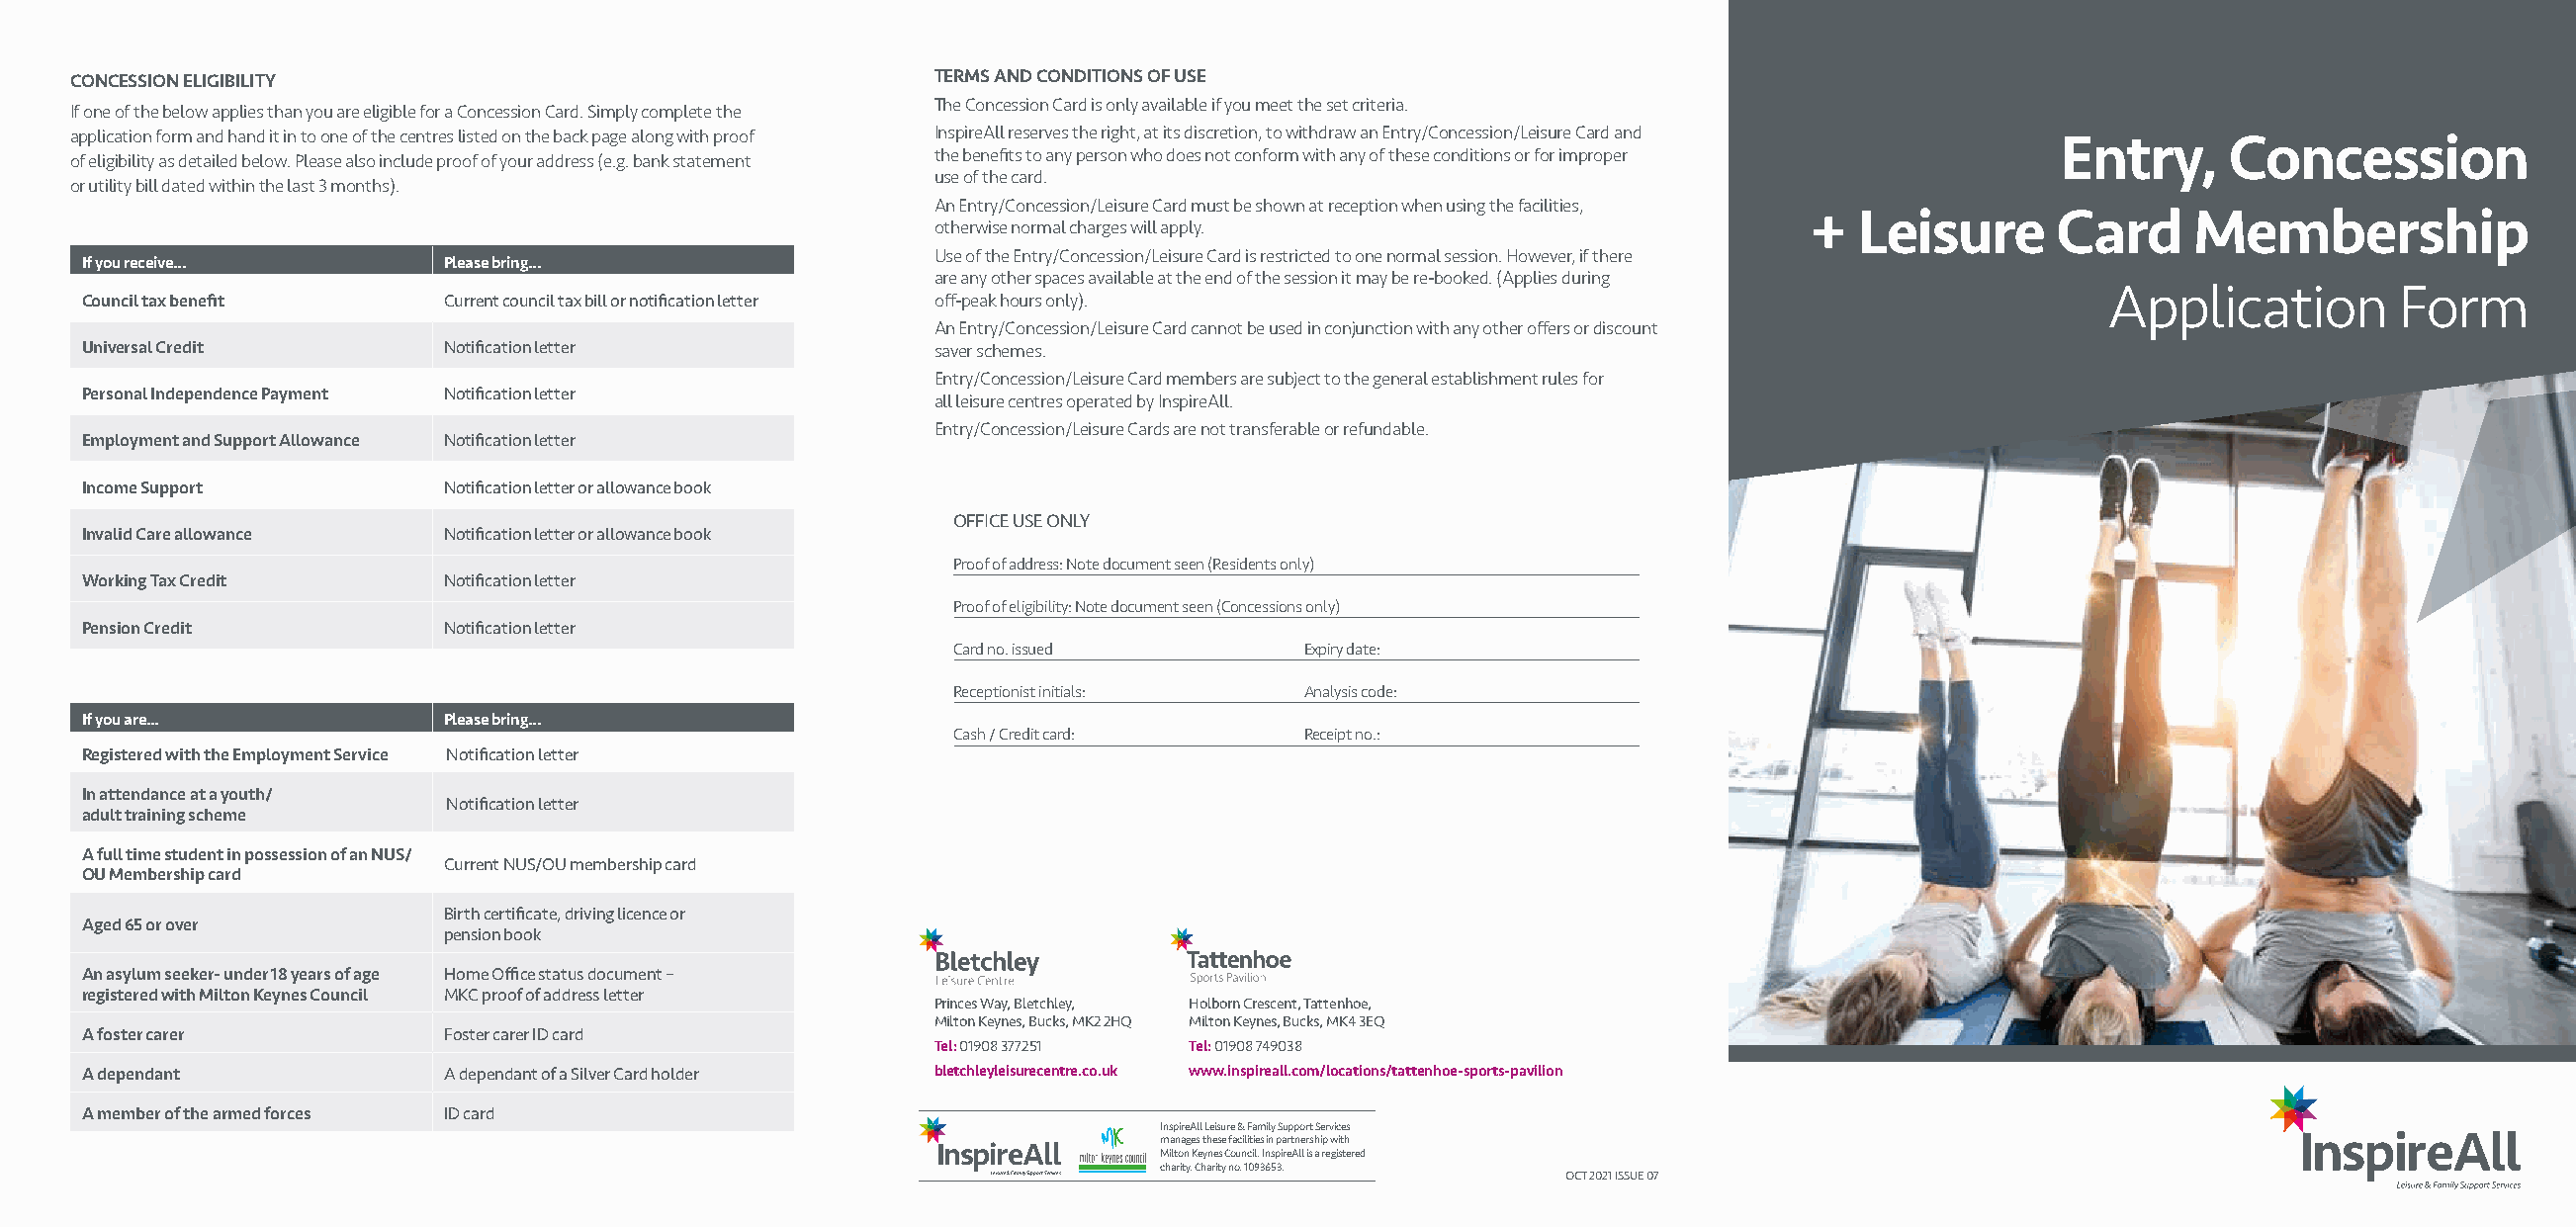
CONCESSION ELIGIBILITY                                    TERMS AND CONDITIONS OF USE
 The Concession Card is only available if you meet the set criteria.
 If one of the below applies than you are eligible for a Concession Card. Simply complete the
 application form and hand it in to one of the centres listed on the back page along with proof InspireAll reserves the right, at its discretion, to withdraw an Entry/Concession/Leisure Card and Entry, Concession
 the benefits to any person who does not conform with any of these conditions or for improper
 of eligibility as detailed below. Please also include proof of your address (e.g. bank statement
 use of the card.
 or utility bill dated within the last 3 months).
 An Entry/Concession/Leisure Card must be shown at reception when using the facilities,
 +  Leisure       Card     Membership
 otherwise normal charges will apply.
 Use of the Entry/Concession/Leisure Card is restricted to one normal session. However, if there
 If you receive...        Please bring...
 are any other spaces available at the end of the session it may be re-booked. (Applies during
 Application         Form
 Council tax benefit      Current council tax bill or notification letter off-peak hours only).
 An Entry/Concession/Leisure Card cannot be used in conjunction with any other offers or discount
 Universal Credit         Notification letter              saver schemes.
 Entry/Concession/Leisure Card members are subject to the general establishment rules for
 Personal Independence Payment Notification letter         all leisure centres operated by InspireAll.
 Entry/Concession/Leisure Cards are not transferable or refundable.
 Employment and Support Allowance Notification letter
 Income Support           Notification letter or allowance book
 OFFICE USE ONLY
 Invalid Care allowance   Notification letter or allowance book
 Proof of address: Note document seen (Residents only)
 Working Tax Credit       Notification letter
 Proof of eligibility: Note document seen (Concessions only)
 Pension Credit           Notification letter
 Card no. issued        Expiry date:
 Receptionist initials: Analysis code:
 If you are...            Please bring...
 Cash / Credit card:    Receipt no.:
 Registered with the Employment Service Notification letter
 In attendance at a youth/
 Notification letter
 adult training scheme
 A full time student in possession of an NUS/
 Current NUS/OU membership card
 OU Membership card
 Birth certificate, driving licence or
 Aged 65 or over
 pension book
 An asylum seeker- under 18 years of age Home Office status document –
 registered with Milton Keynes Council MKC proof of address letter
 Princes Way, Bletchley, Holborn Crescent, Tattenhoe,
 Milton Keynes, Bucks, MK2 2HQ Milton Keynes, Bucks, MK4 3EQ
 A foster carer           Foster carer ID card
 Tel: 01908 377251 Tel: 01908 749038
 A dependant              A dependant of a Silver Card holder bletchleyleisurecentre.co.uk www.inspireall.com/locations/tattenhoe-sports-pavilion
 A member of the armed forces ID card
 InspireAll Leisure & Family Support Services
 InspireAll     manages these facilities in partnership with
 Milton Keynes Council. InspireAll is a registered
 charity. Charity no. 1093653.
 Leisure & Family Support Services      OCT 2021 ISSUE 07